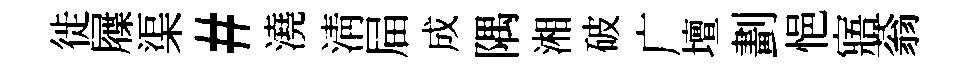
徙屧渠#澆清屇成隅湘破广壇劃悒寤蓊